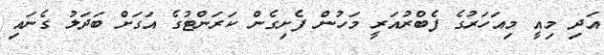
އަދި މިއީ މިއަހަރުގެ ފެބްރުއަރީ މަހުން ފެށިގެން ކަރަންޓުގެ އަގަށް ބަދަލު ގެނައި